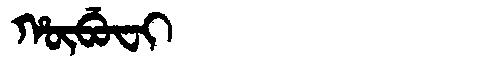
Manchu: ᡥᡡᠪᡠᠸᡳ
Romanization: HŪBUFI